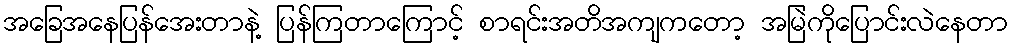
အခြေအနေပြန်အေးတာနဲ့ ပြန်ကြတာကြောင့် စာရင်းအတိအကျကတော့ အမြဲကိုပြောင်းလဲနေတာ